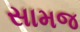
સામજ